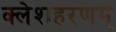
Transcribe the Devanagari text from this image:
क्लेशहरणम्